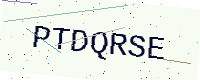
Text: PTDQRSE